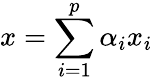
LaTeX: x=\sum_{i=1}^{p}\alpha_{i}x_{i}